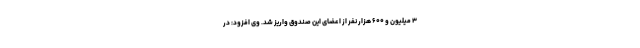
۳ میلیون و ۶۰۰ هزار نفر از اعضای این صندوق واریز شد. وی افزود: در